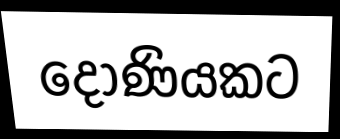
දෝණියකට